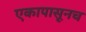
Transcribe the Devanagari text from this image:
एकापासूनच